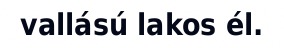
vallású lakos él.